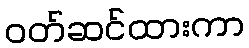
ဝတ်ဆင်ထားကာ